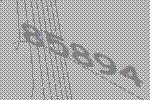
85894